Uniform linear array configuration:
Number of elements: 32
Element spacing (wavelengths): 0.25
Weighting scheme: binomial
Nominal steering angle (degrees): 15
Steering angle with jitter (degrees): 16.706
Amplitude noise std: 0.05
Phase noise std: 0.05

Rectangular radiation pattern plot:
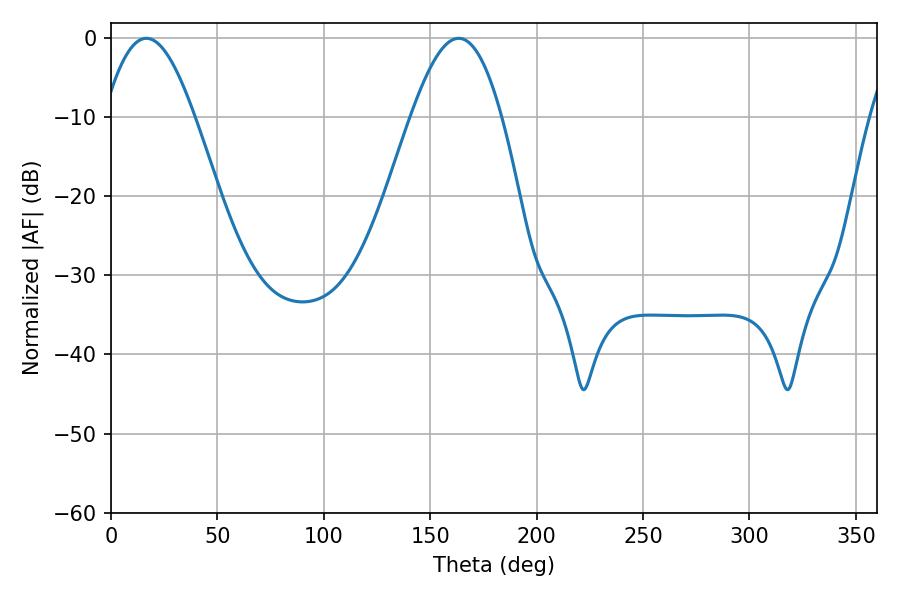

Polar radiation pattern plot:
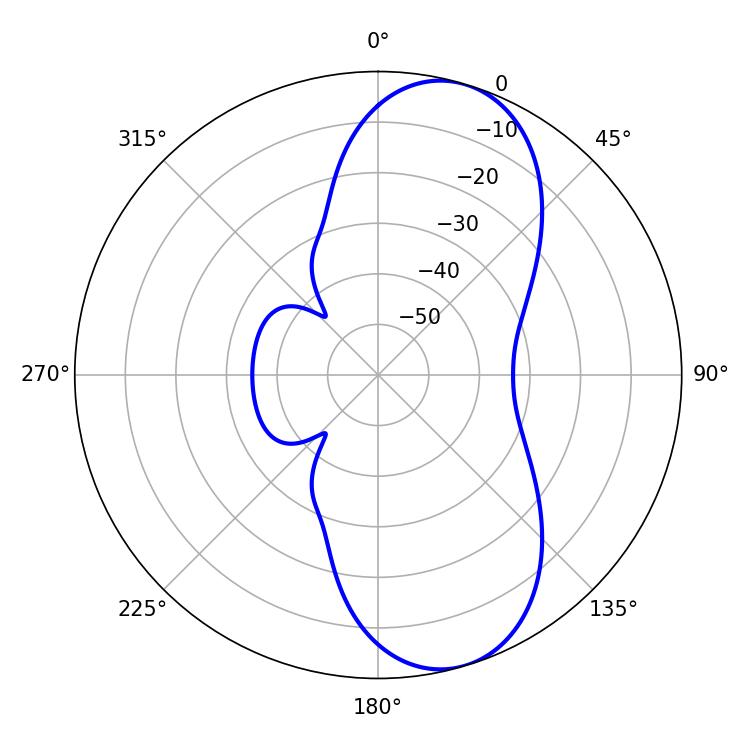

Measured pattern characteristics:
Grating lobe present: FALSE
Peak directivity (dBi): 8.872
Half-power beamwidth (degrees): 23.04
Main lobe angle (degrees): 16.56